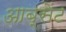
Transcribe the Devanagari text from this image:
आब्सेंट